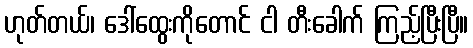
ဟုတ်တယ်၊ ဒေါ်ထွေးကိုတောင် ငါ တီးခေါက် ကြည့်ပြီးပြီ။